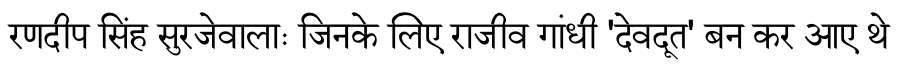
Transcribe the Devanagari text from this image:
रणदीप सिंह सुरजेवालाः जिनके लिए राजीव गांधी 'देवदूत' बन कर आए थे